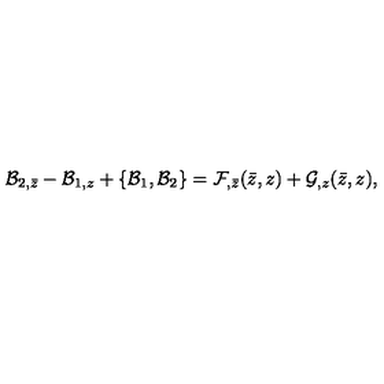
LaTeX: { \cal B } _ { 2 , \bar { z } } - { \cal B } _ { 1 , z } + \{ { \cal B } _ { 1 } , { \cal B } _ { 2 } \} = { \cal F } _ { , \bar { z } } ( \bar { z } , z ) + { \cal G } _ { , z } ( \bar { z } , z ) ,